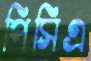
পিসিএ